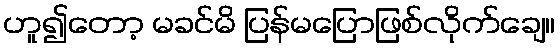
ဟူ၍တော့ မခင်မိ ပြန်မပြောဖြစ်လိုက်ချေ။